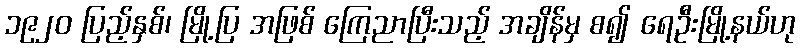
၁၉၂၀ ပြည့်နှစ်၊ မြို့ပြ အဖြစ် ကြေညာပြီးသည့် အချိန်မှ စ၍ ရေဦးမြို့နယ်ဟု